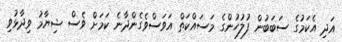
އަދި އެކަމުގެ ސަބަބުން ފުލުހުންގެ މަސައްކަތް އަވަސްވެގެންދާނެ ކަމަށް ވެސް ޝިޔާމު ވިދާޅުވި